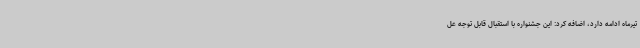
تیرماه ادامه دارد، اضافه کرد: این جشنواره با استقبال قابل توجه عل